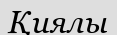
Қиялы